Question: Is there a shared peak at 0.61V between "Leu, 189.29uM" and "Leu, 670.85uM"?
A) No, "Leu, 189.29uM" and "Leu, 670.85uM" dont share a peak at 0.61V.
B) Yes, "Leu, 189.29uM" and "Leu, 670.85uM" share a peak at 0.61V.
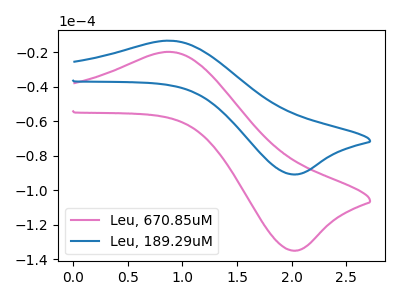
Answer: <think>The pink curve "Leu, 670.85uM" has an anodic peak at (0.90V, -19.85uA) and a cathodic peak at (2.05V, -134.90uA). The blue curve "Leu, 189.29uM" has an anodic peak at (0.90V, -13.35uA) and a cathodic peak at (2.05V, -90.80uA).</think>
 <answer>A) No, "Leu, 189.29uM" and "Leu, 670.85uM" dont share a peak at 0.61V.</answer>
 <eval>A</eval>